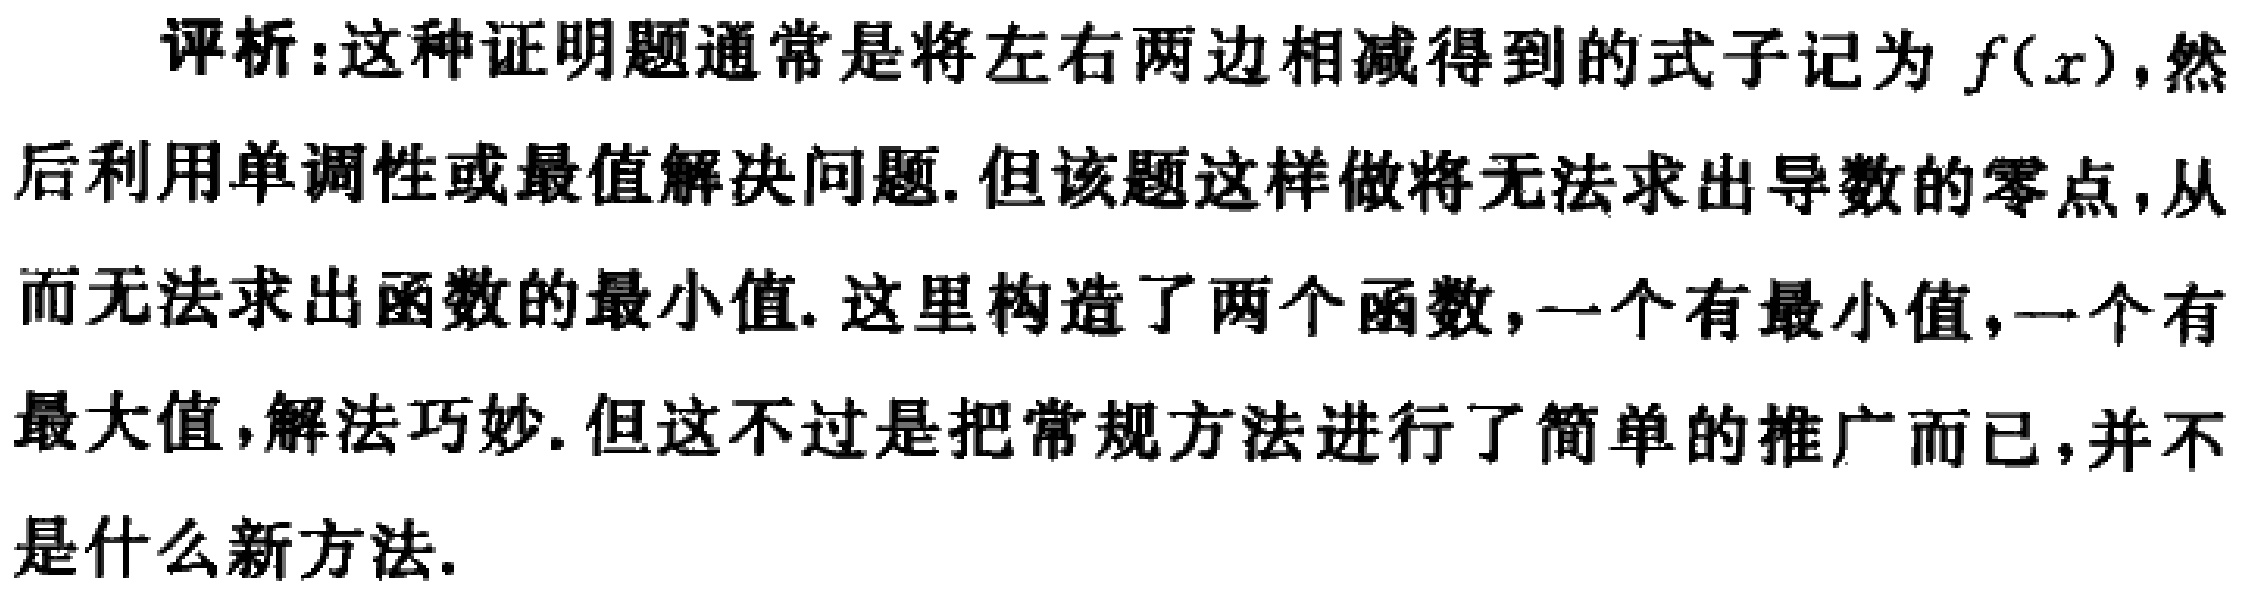
评析:这种证明题通常是将左右两边相减得到的式子记为 \(f(x)\), 然后利用单调性或最值解决问题. 但该题这样做将无法求出导数的零点,从而无法求出函数的最小值. 这里构造了两个函数,一个有最小值,一个有最大值,解法巧妙. 但这不过是把常规方法进行了简单的推广而已,并不是什么新方法.